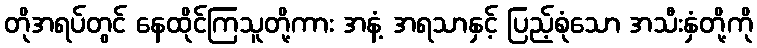
တိုအရပ်တွင် နေထိုင်ကြသူတို့ကား အနံ့ အရသာနှင့် ပြည့်စုံသော အသီးနှံတို့ကို